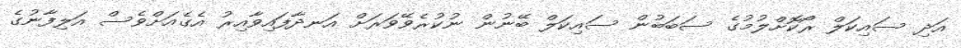
އަދި ސައިކަލް ރޯކޮށްލުމުގެ ސަބަބުން ސައިކަލް ބޭނުން ނުކުރެވޭވަރަށް އަނދާފައިވާއިރު އެގެއަށްވެސް އަލިފާނުގެ